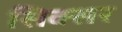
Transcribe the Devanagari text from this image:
सिक्सर